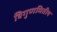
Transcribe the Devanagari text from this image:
त्रिगुणमितीय